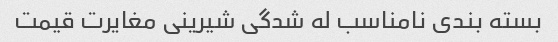
بسته بندی نامناسب له شدگی شیرینی مغایرت قیمت